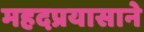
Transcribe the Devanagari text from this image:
महदप्रयासाने